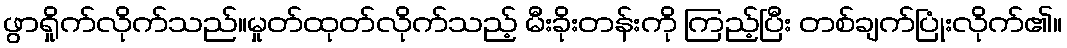
ဖွာရှိုက်လိုက်သည်။မှုတ်ထုတ်လိုက်သည့် မီးခိုးတန်းကို ကြည့်ပြီး တစ်ချက်ပြုံးလိုက်၏။